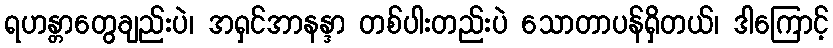
ရဟန္တာတွေချည်းပဲ၊ အရှင်အာနန္ဒာ တစ်ပါးတည်းပဲ သောတာပန်ရှိတယ်၊ ဒါကြောင့်